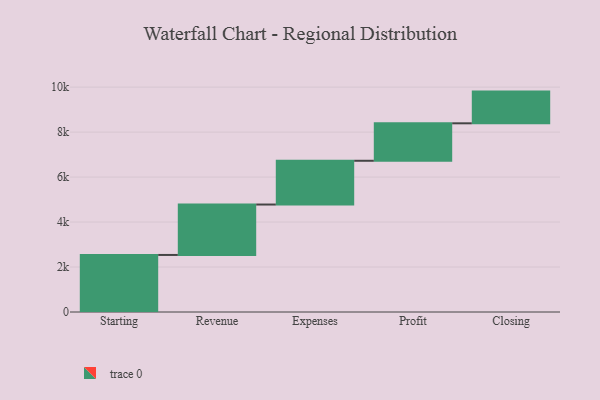
{"axis": {"x": "Step", "y": "Value"}, "legend": [""], "data": [{"x": "Starting", "y": 2537.0, "type": ""}, {"x": "Revenue", "y": 2242.0, "type": ""}, {"x": "Expenses", "y": 1946.0, "type": ""}, {"x": "Profit", "y": 1666.0, "type": ""}, {"x": "Closing", "y": 1410.0, "type": ""}]}